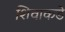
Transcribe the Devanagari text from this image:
शिवाकडे